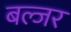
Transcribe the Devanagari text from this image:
बल्जर